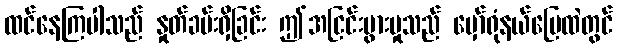
ထင်နေကြပါသည် နှုတ်ခမ်းရှိခြင်း ဤအငြင်းပွားမှုသည် မှော်ရုံနယ်မြေထဲတွင်